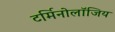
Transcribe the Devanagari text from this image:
टर्मिनोलॉजिय